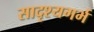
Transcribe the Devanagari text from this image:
सादृश्यगर्भ